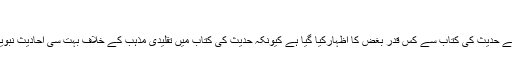
‘‘
دیکھئے حدیث کی کتاب سے کس قدر بغض کا اظہارکیا گیا ہے کیونکہ حدیث کی کتاب میں تقلیدی مذہب کے خلاف بہت سی احادیث نبویہ ہیں۔